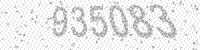
Solution: 935083